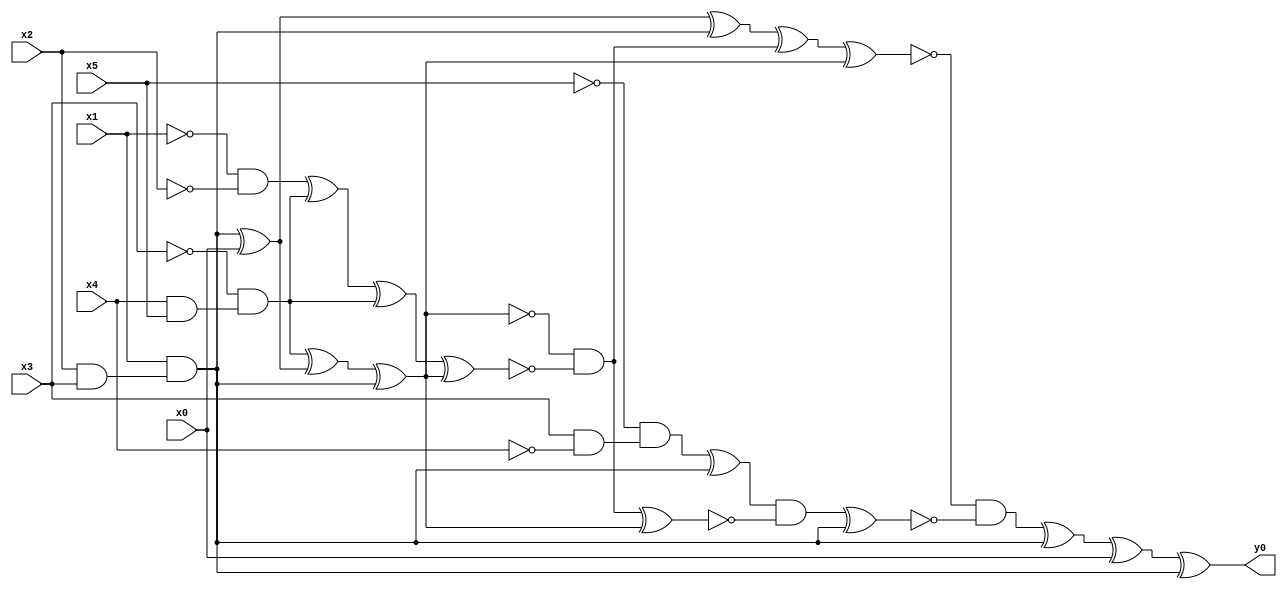
module top( x0 , x1 , x2 , x3 , x4 , x5 , y0 );
  input x0 , x1 , x2 , x3 , x4 , x5 ;
  output y0 ;
  wire n7 , n8 , n9 , n10 , n11 , n12 , n13 , n14 , n15 , n16 , n17 , n18 , n19 , n20 , n21 , n22 , n23 , n24 , n25 , n26 , n27 , n28 , n29 , n30 , n31 ;
  assign n7 = x2 & x3 ;
  assign n8 = x1 & n7 ;
  assign n9 = n8 ^ x0 ;
  assign n19 = n9 ^ n8 ;
  assign n10 = x4 & x5 ;
  assign n11 = ~x3 & n10 ;
  assign n12 = n11 ^ n9 ;
  assign n13 = n12 ^ n8 ;
  assign n14 = ~x1 & ~x2 ;
  assign n15 = n14 ^ n11 ;
  assign n16 = n15 ^ n11 ;
  assign n17 = n16 ^ n13 ;
  assign n18 = ~n13 & ~n17 ;
  assign n20 = n19 ^ n18 ;
  assign n21 = n20 ^ n13 ;
  assign n22 = x3 & ~x4 ;
  assign n23 = ~x5 & n22 ;
  assign n24 = n23 ^ n8 ;
  assign n25 = n18 ^ n13 ;
  assign n26 = n24 & ~n25 ;
  assign n27 = n26 ^ n8 ;
  assign n28 = ~n21 & ~n27 ;
  assign n29 = n28 ^ n8 ;
  assign n30 = n29 ^ x0 ;
  assign n31 = n30 ^ n8 ;
  assign y0 = n31 ;
endmodule